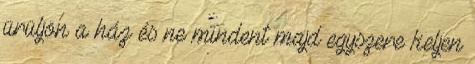
ürüljön a ház és ne mindent majd egyszere keljen